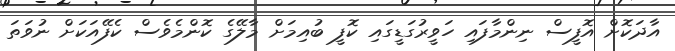
އާދަކޮށް އޮފީސް ނިންމާފައި ހަވީރުގަޑީގައި ކޮފީ ބުއިމަށް މާލޭގެ ކޮންމެވެސް ކެފޭއަކަށް ނުވަތަ